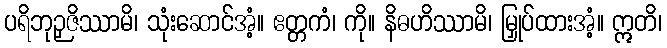
ပရိဘုဉှဇိဿာမိ၊ သုံးဆောင်အံ့။ ဧတ္တကံ၊ ကို။ နိဓဟိဿာမိ၊ မြှုပ်ထားအံ့။ ဣတိ၊